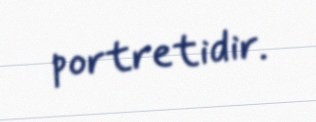
portretidir.